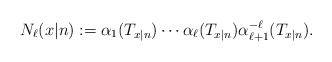
\begin{align*}N_{\ell}(x|n) := \alpha_1(T_{x|n}) \cdots \alpha_{\ell}(T_{x|n}) \alpha_{\ell+1}^{-\ell} (T_{x|n}).\end{align*}